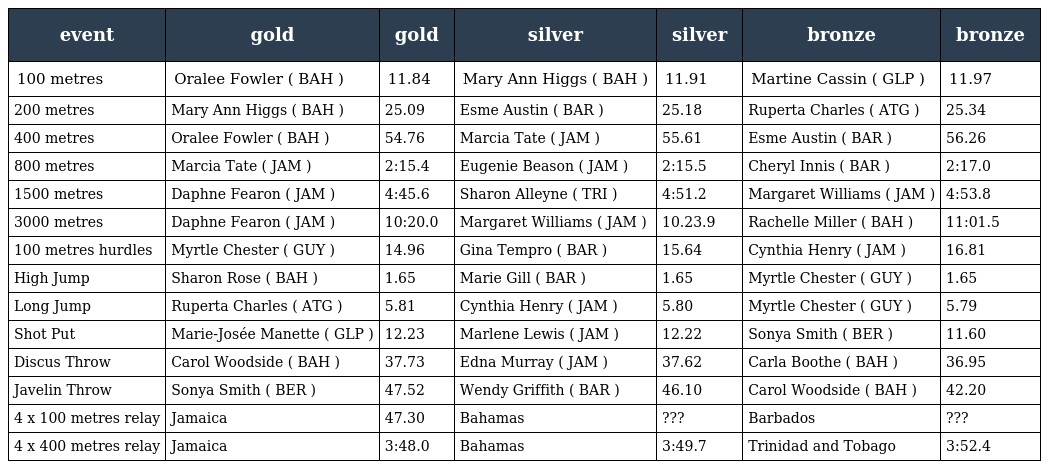
| event | gold | gold | silver | silver | bronze | bronze |
 | --- | --- | --- | --- | --- | --- | --- |
 | 100 metres | Oralee Fowler ( BAH ) | 11.84 | Mary Ann Higgs ( BAH ) | 11.91 | Martine Cassin ( GLP ) | 11.97 |
 | 200 metres | Mary Ann Higgs ( BAH ) | 25.09 | Esme Austin ( BAR ) | 25.18 | Ruperta Charles ( ATG ) | 25.34 |
 | 400 metres | Oralee Fowler ( BAH ) | 54.76 | Marcia Tate ( JAM ) | 55.61 | Esme Austin ( BAR ) | 56.26 |
 | 800 metres | Marcia Tate ( JAM ) | 2:15.4 | Eugenie Beason ( JAM ) | 2:15.5 | Cheryl Innis ( BAR ) | 2:17.0 |
 | 1500 metres | Daphne Fearon ( JAM ) | 4:45.6 | Sharon Alleyne ( TRI ) | 4:51.2 | Margaret Williams ( JAM ) | 4:53.8 |
 | 3000 metres | Daphne Fearon ( JAM ) | 10:20.0 | Margaret Williams ( JAM ) | 10.23.9 | Rachelle Miller ( BAH ) | 11:01.5 |
 | 100 metres hurdles | Myrtle Chester ( GUY ) | 14.96 | Gina Tempro ( BAR ) | 15.64 | Cynthia Henry ( JAM ) | 16.81 |
 | High Jump | Sharon Rose ( BAH ) | 1.65 | Marie Gill ( BAR ) | 1.65 | Myrtle Chester ( GUY ) | 1.65 |
 | Long Jump | Ruperta Charles ( ATG ) | 5.81 | Cynthia Henry ( JAM ) | 5.80 | Myrtle Chester ( GUY ) | 5.79 |
 | Shot Put | Marie-Josée Manette ( GLP ) | 12.23 | Marlene Lewis ( JAM ) | 12.22 | Sonya Smith ( BER ) | 11.60 |
 | Discus Throw | Carol Woodside ( BAH ) | 37.73 | Edna Murray ( JAM ) | 37.62 | Carla Boothe ( BAH ) | 36.95 |
 | Javelin Throw | Sonya Smith ( BER ) | 47.52 | Wendy Griffith ( BAR ) | 46.10 | Carol Woodside ( BAH ) | 42.20 |
 | 4 x 100 metres relay | Jamaica | 47.30 | Bahamas | ??? | Barbados | ??? |
 | 4 x 400 metres relay | Jamaica | 3:48.0 | Bahamas | 3:49.7 | Trinidad and Tobago | 3:52.4 |